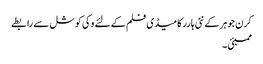
کرن جوہر کے نئی ہارر کامیڈی فلم کے لئے وکی کوشل سے رابطے
ممبئی ۔